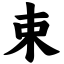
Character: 束